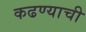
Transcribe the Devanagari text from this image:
कढण्याची